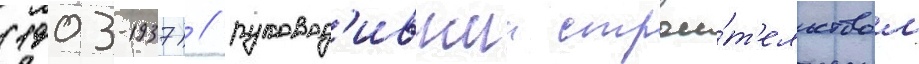
(1903-1937) / руковод'ившии строи́т'ельством